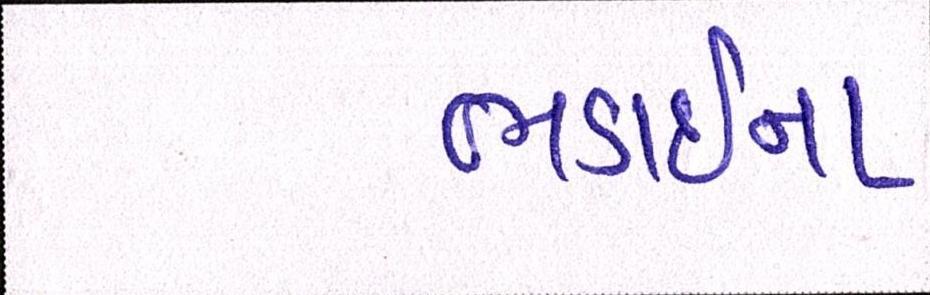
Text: ભડાઈના